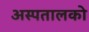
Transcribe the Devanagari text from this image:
अस्पतालको